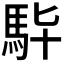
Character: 𩢈